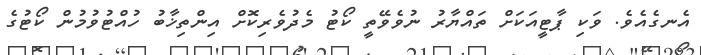
އެނގެއެވެ. ވަކި ޕާޓީއަކަށް ތައްޔާރު ނުވެވޭތީ ކޯޓު މެދުވެރިކޮށް އިންތިޚާބު ހުއްޓުވުމުން ކޯޓުގެ